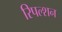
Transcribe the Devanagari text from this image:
रिपल्शन